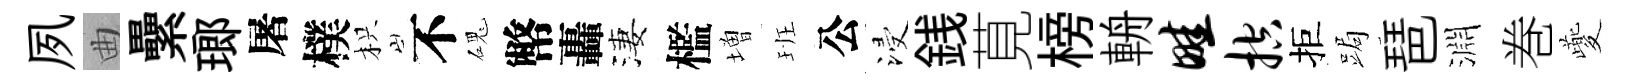
夙曲纍瑯屠樸枳不磈幣轟淒檻増班公浸銭莧榜輈畦控拒跼琶淵巻夔